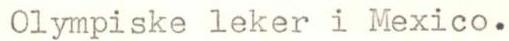
Olympiske leker i Mexico.